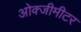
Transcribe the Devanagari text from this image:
ओक्जीमीटर